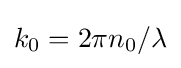
k_{0}=2\pi n_{0}/\lambda